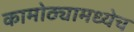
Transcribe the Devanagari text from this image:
कामोठ्यामध्येच